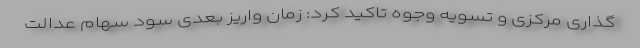
گذاری مرکزی و تسویه وجوه تاکید کرد: زمان واریز بعدی سود سهام عدالت